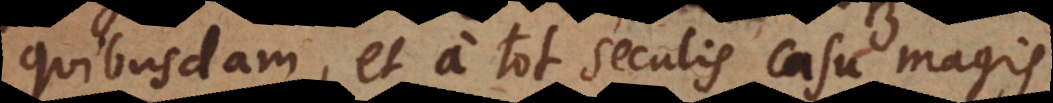
quibusdam, et a tot seculis casu magis